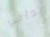
بدأتي